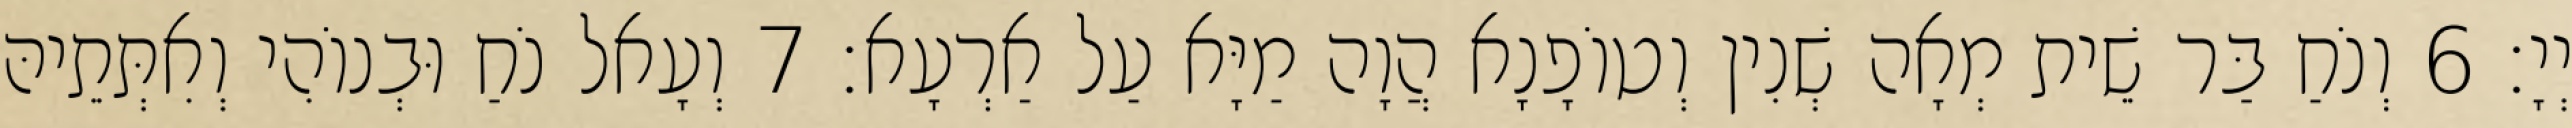
יְיָ׃ 6 וְנֹחַ בַּר שֵׁית מְאָה שְׁנִין וְטוֹפָנָא הֲוָה מַיָּא עַל אַרְעָא׃ 7 וְעָאל נֹחַ וּבְנוֹהִי וְאִתְּתֵיהּ